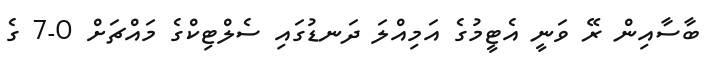
ބާސާއިން ރޭ ވަނީ އެޓީމުގެ އަމިއްލަ ދަނޑުގައި ސެލްޓިކްގެ މައްޗަށް 0-7 ގެ